Annual report on the working of the lock hospitals in the Central Provinces
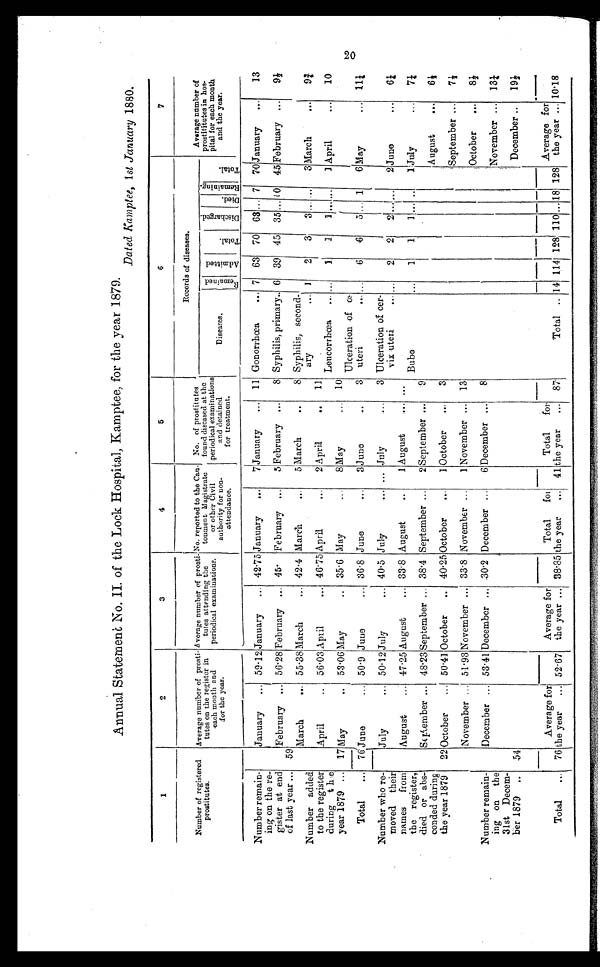
Annual Statement No. II of the Lock Hospital, Kamptee, for the year 1879.
Dated Kamptee, 1 st January 1880.
1
2
3
4
5
6
7
Number of registered
prostitutes.
Average number of prosti
tutes on the register in
each month and
for the year.
Average number of prosti
tutes attending the
periodical examinations.
No. reported to the Can
toument Magistrate
or other Civil
authority for non-
attendance.
No. of prostitutes
found diseased at the
periodical examinations
and detained
for treatment.
Records of diseases.
Average number of
prostititutes in hos
pital for each month
and the year.
Diseases.
R e m a i n e d A d m i t t e d
T o t a l .
D i s c h a r g e d .
D i e d .
Re ma i n i n g .
T o t a l .
Number remain
ing on the re
gister at end
of last year ...
January ... 59 . 12 January
... 42 . 75 January
...
7 January
... 11 Gonorrhœa
... 7 63 70 63 ... 7 70 January ...
13
59
February ... 56. 28 February ... 45· February ...
5 February ...
8 Syphilis, primary.. 6 39 45 35 ... 10 45 February ...
9½
Number added
to the register
during the
year 1879 ...
March
... 55 . 38 March
. . . 42 . 4 March
. . . 5 March
. . .
8 Syphilis, second
ary
... 1
2
3
3 ... ...
3 March
...
9¾
April ...
56·03 April
... 46 . 75 April
...
2 April
..
11
Leucorrhœa ... ...
1
1
1 . . .
. . .
1 April
...
10
17 May
..
53 . 06 May
..
35·6 May
...
8 May ...
10
Ulceration of os uteri ...
. . .
6
6
5 . . . 1
6
M a y . . .
1 1 ¼
Total
...
76June
... 50 . 9 June
... 36·8 June
...
3 June
3
...
Number who re
moved
their
names from
the register,
died or abs
conded during
the year 1879
July
... 50 . 12 July
... 40·5 July
... ... July
...
3 Ulceration of cer-
vix uteri
... ...
2
2
2 ... ...
2 June
...
6¼
August
... 47 . 25 August
... 33·8 August
. . .
1 August ...
. . .
Bubo
. . .
1
1
1 ...
. . .
1 July
...
7¼
September ... 48 . 23 September ... 38 .4 September ...
2 September ...
9
August
...
6½
22 October
... 50·41 October
.. 40 . 25 October
...
1 October
...
3
September ...
7½
November ... 51 . 93 November ... 33·8 November ...
1 November ... 13
October ...
8½
Number remain
ing on
the
31st Decem
ber 1879
..
December ... 53 . 41 December ... 30·2 December ...
6 December ...
8
November ...
13¼
54
December ..
19½
Total
... 76
Average for
the year
... 52·67
Average for
the year ... 38·85
Total fo
r t h e
y e a r
. . . 41
Total for
the year
...
87
Total .. 14 114 128 110
. . . 1 8 128
Average for
the year ... 10.18
20